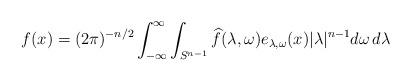
LaTeX: \begin{align*} f(x) = (2\pi)^{-n/2} \int_{-\infty}^\infty \int_{S^{n-1}} \widehat{f}(\lambda,\omega) e_{\lambda,\omega}(x) |\lambda|^{n-1} d\omega\, d\lambda \end{align*}